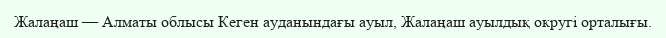
Жалаңаш — Алматы облысы Кеген ауданындағы ауыл, Жалаңаш ауылдық округі орталығы.